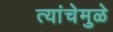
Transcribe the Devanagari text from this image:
त्यांचेमुळे